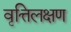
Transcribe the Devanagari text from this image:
वृत्तिलक्षण